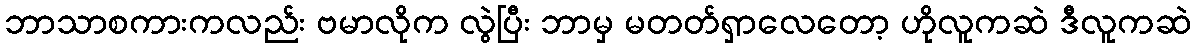
ဘာသာစကားကလည်း ဗမာလိုက လွဲပြီး ဘာမှ မတတ်ရှာလေတော့ ဟိုလူကဆဲ ဒီလူကဆဲ